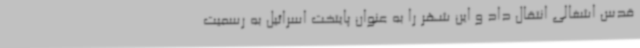
قدس اشغالی انتقال داد و این شهر را به عنوان پایتخت اسرائیل به رسمیت